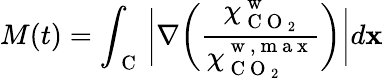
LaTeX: M(t)=\int_{\mathrm{~C~}}\bigg\lvert\nabla\bigg(\frac{\chi_{\mathrm{~C~O~}_{2}}^{\mathrm{~w~}}}{\chi_{\mathrm{~C~O~}_{2}}^{\mathrm{~w~,~m~a~x~}}}\bigg)\bigg\rvert d\mathbf{x}